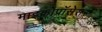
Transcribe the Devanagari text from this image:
माइक्रोप्रॉसेसर